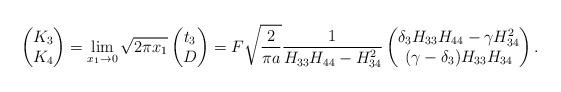
LaTeX: \begin{align*}\begin{pmatrix}K_3\\K_4\end{pmatrix} = \lim_{x_1\to0}\sqrt{2\pi x_1}\begin{pmatrix}t_3\\D\end{pmatrix}=F\sqrt{\frac{2}{\pi a}}\frac{1}{H_{33}H_{44}-H_{34}^2}\begin{pmatrix}\delta_3H_{33}H_{44}-\gamma H_{34}^2\\(\gamma-\delta_3)H_{33}H_{34}\end{pmatrix}.\end{align*}